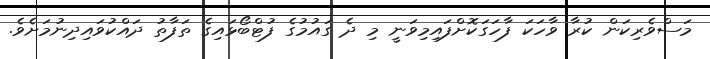
މަސްވެރިކަން ކުރާ ވާހަކަ ފާހަގަކޮށްފައިމިވަނީ މި ދެ ގައުމުގެ ފުޓްބޯޅައިގެ ތަފާތު ދައްކުވައިދިނުމަށެވެ.